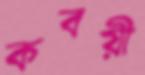
কবয়ী